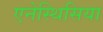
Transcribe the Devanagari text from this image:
एनेस्थिसिया